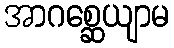
အာဂစ္ဆေယျာမ